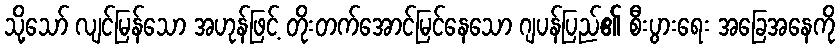
သို့သော် လျင်မြန်သော အဟုန်ဖြင့် တိုးတက်အောင်မြင်နေသော ဂျပန်ပြည်၏ စီးပွားရေး အခြေအနေကို